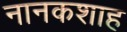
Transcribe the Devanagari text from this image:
नानकशाह